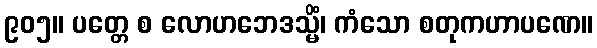
၉၀၅။ ပတ္တေ စ လောဟဘေဒသ္မိံ၊ ကံသော စတုကဟာပဏေ။